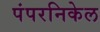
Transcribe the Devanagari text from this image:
पंपरनिकेल